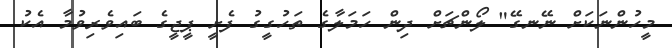
މީހުންނަކަށް ނޭނގޭ" ލޯންޗަށް ދިން ހަމަލާގެ ތަހުގީގު ފެށީ ޕީޖީގެ ބައިވެރިވުމާ އެކު